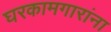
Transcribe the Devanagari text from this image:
घरकामगारांना